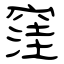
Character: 窪